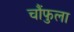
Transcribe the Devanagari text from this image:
चौंफुला